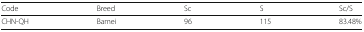
| Code | Breed | Sc | S | Sc/S |
 | --- | --- | --- | --- | --- |
 | CHN-QH | Bamei | 96 | 115 | 83.48% |